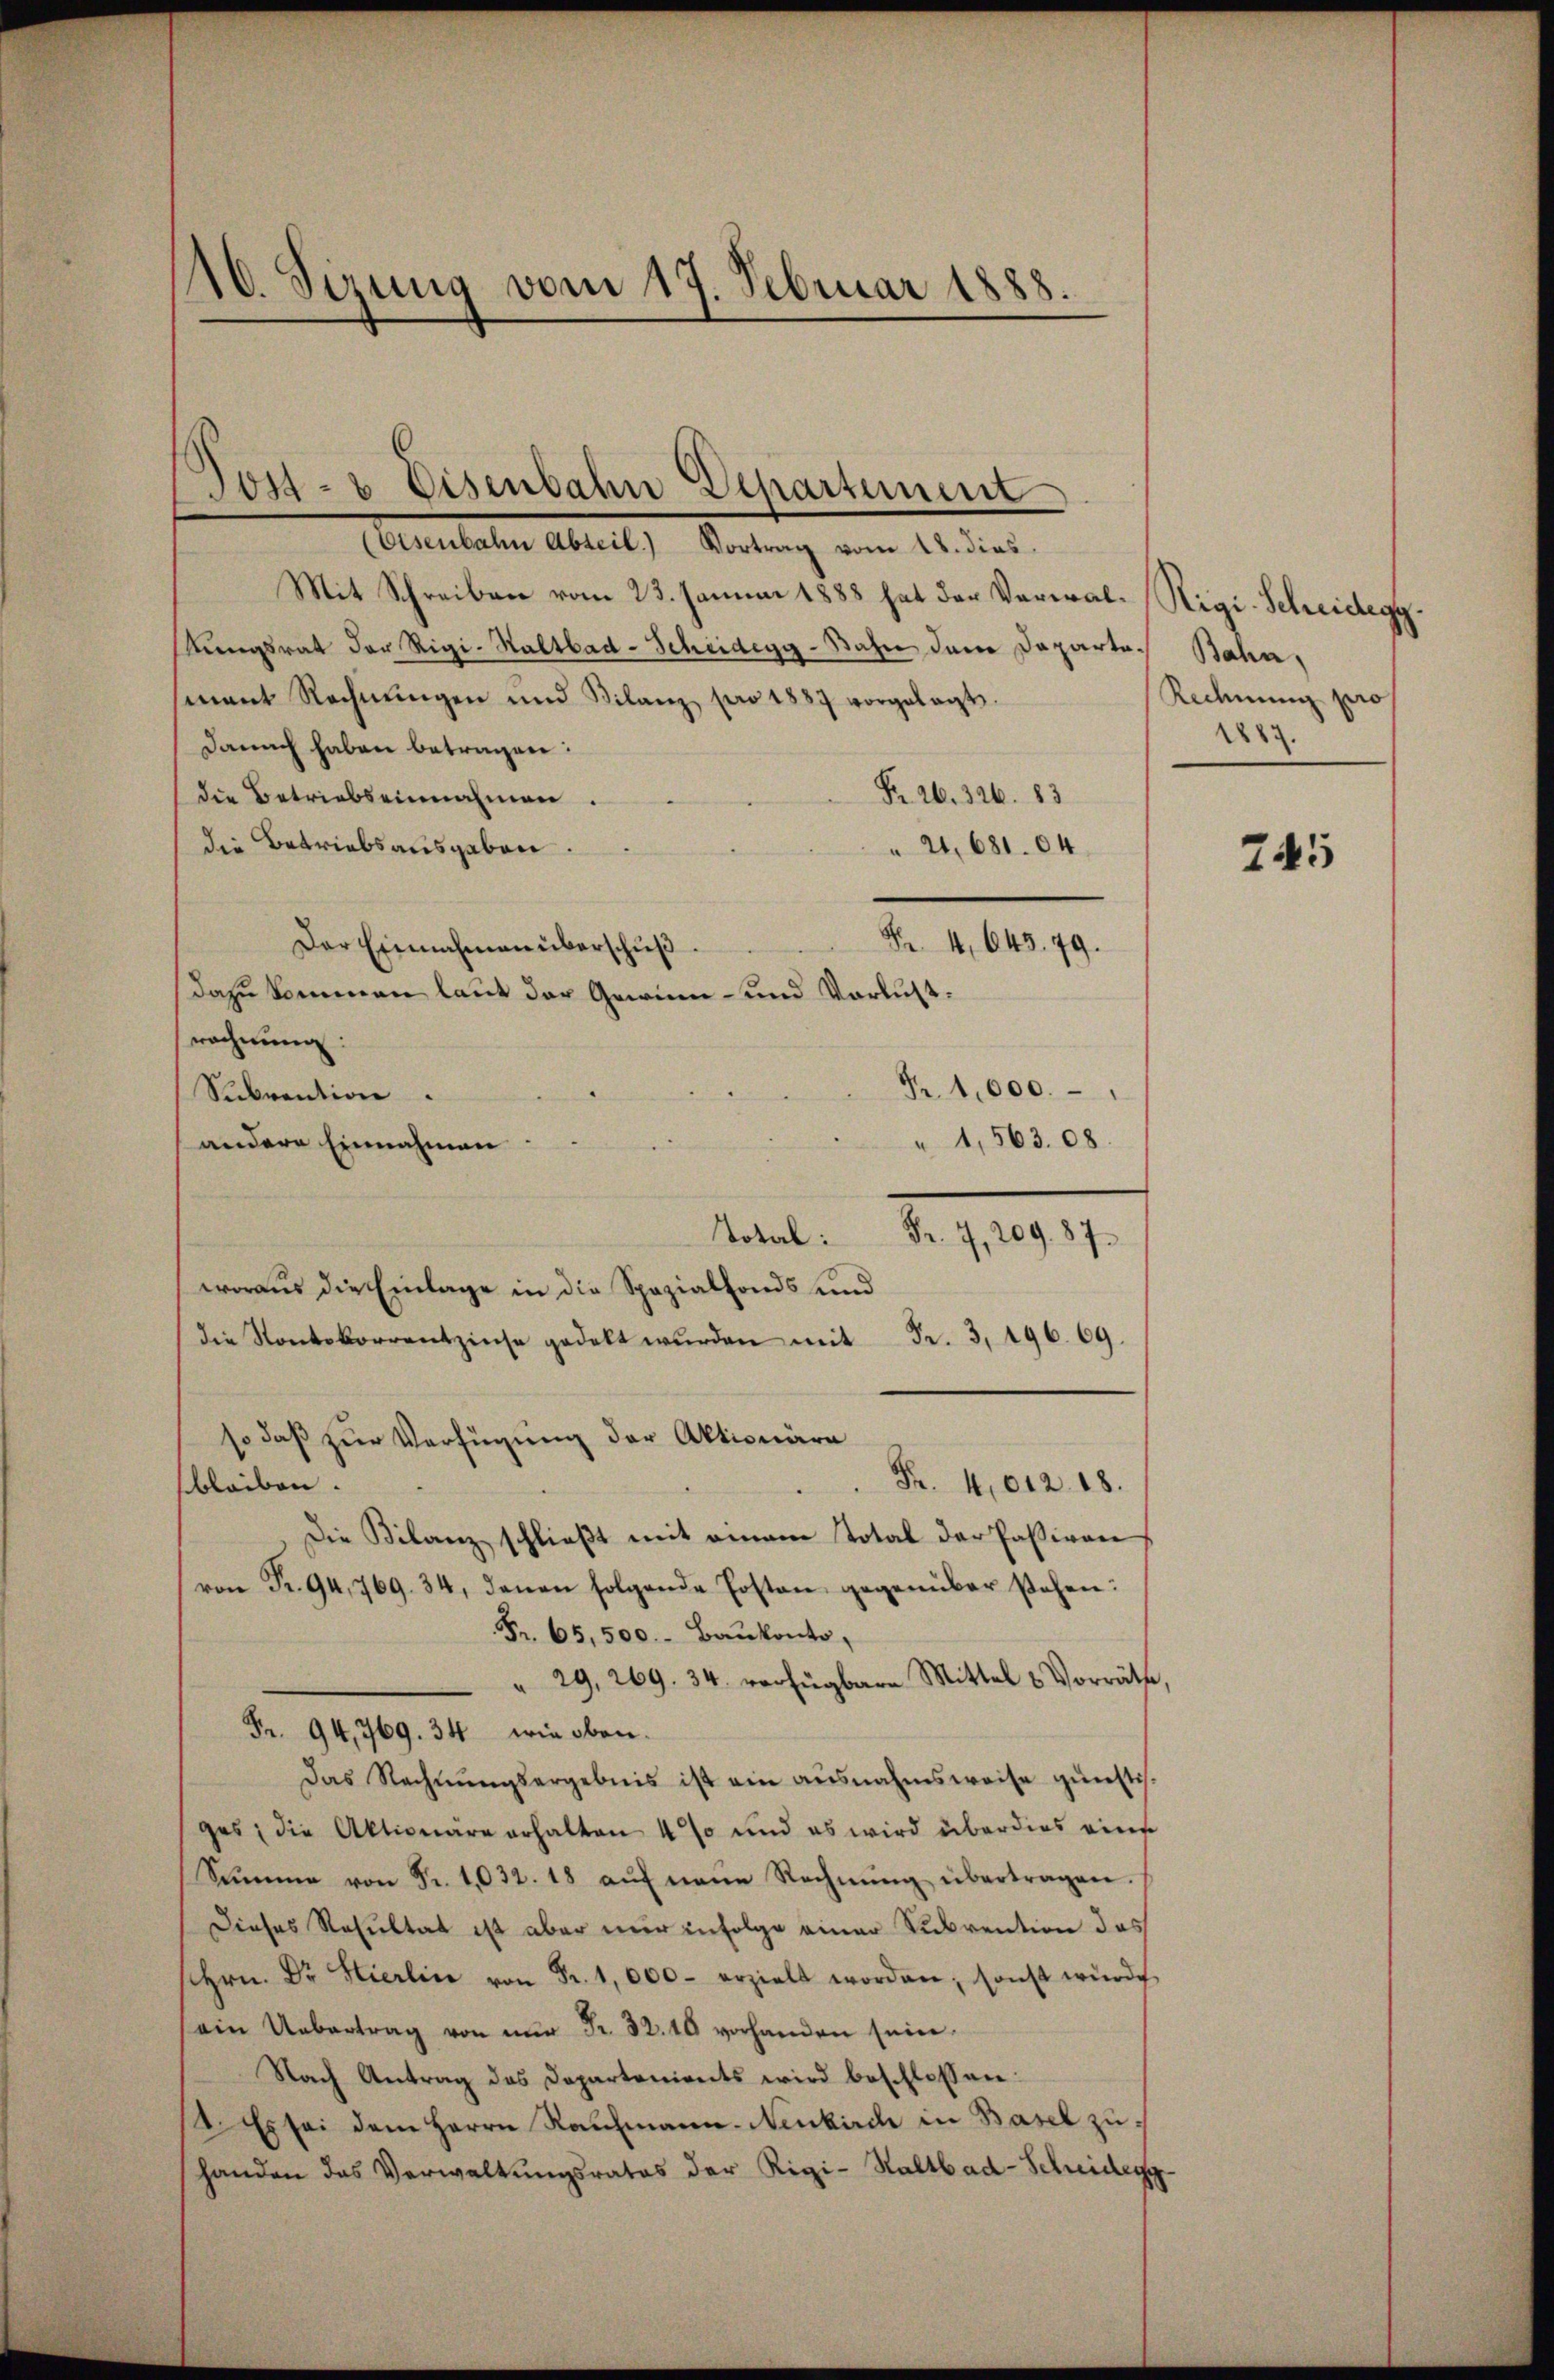
10. Sizung vom 17. Februar 1888.

Mit Schreiben vom 23. Januar 1888 hat der Verwal-Rigi-Scheidegg.
kungsrat der Rigi-Saltbad-Scheidegg - Bahn der Departe Bahn,
mant Rechnŭngen und Vilanz pro 1887 vorgelegt.
Damit haben betragen:
die Betriebs einnahmen.
Fr. 26. 326. 83
die Betriebsausgaben.
 24, 681. 64.
Fr. 4, 643. 79.
Der Einnahmen überschuß
dazu kommen laut der Gewinn- und Verlustrechnung:
N 1,000.
Subvention.
" 1,563. 68.
andere Einnahmen
Mante S. 1919.
woraus die Einlage in die Spezialfonds und
die Kontokorrentzinse gedelt wŭrden mit Fr. 3, 496. 69.
so daß zur Verfügung der Aktionäre
Fr. 4,612. 18.
bleiben.
Die Bilanz schließt mit einem Total der Paßiven
von Fr. 94, 769. 34, denen folgende Posten gegenüber stehen:
Fr. 65,500. Baukonto.
" 29, 269. 34. verfügbare Mittel & Vorräthe,
Fr. 94, 769. 34 wie oben.
Das Rechnŭngsergebnis ist ein ausnahmsweise günstis
ges; die Aktionäre erhalten 4 % und es wird überdies eine
Summe von Fr. 1032. 18 aŭf neue Rechnŭng übertragen.
Dieses Resultat ist aber nur infolge einer Subvention das
shrn. Dr. Stierlin von Fr. 1,000. erzielt worden, sonst würde
(ein Uebertrag von nŭr Fr. 32. 10 vorhanden sein.
Nach Antrag des Departenients wird beschlossen:
1. Es sei dem Herrn Raumann. Neukirch in Basel zuhanden das Verwaltŭngsrates der Rigi-Saltbad-Scheidegg

Jost- & Eisenbahn Departemen
(Eisenbahn Abteil) Vortrag vom 18. dies

Rechnung pro
227.

745